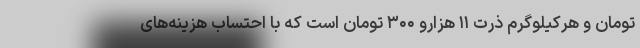
تومان و هرکیلوگرم ذرت ۱۱ هزارو ۳۰۰ تومان است که با احتساب هزینه‌های